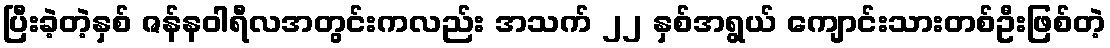
ပြီးခဲ့တဲ့နှစ် ဇန်နဝါရီလအတွင်းကလည်း အသက် ၂၂ နှစ်အရွယ် ကျောင်းသားတစ်ဦးဖြစ်တဲ့